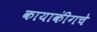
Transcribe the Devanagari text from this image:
कायाकींगचे